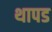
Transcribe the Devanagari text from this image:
थापड